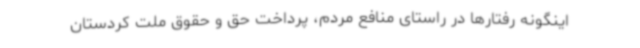
اینگونه رفتارها در راستای منافع مردم، پرداخت حق و حقوق ملت کردستان